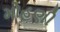
મોહણી